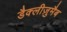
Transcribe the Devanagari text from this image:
डैक्लीज़ुमैब